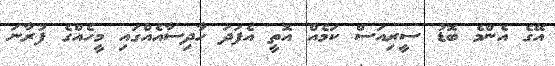
އޭގެ އެންމެ ބޮޑު ސީރިއަސް ކަމެއް އޮތީ އެފަދަ ހާދިސާއެއްގައި މީހެއްގެ ފުރާނަ